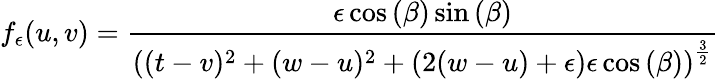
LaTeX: f_{\epsilon}(u,v)=\frac{\epsilon\cos{(\beta)}\sin{(\beta)}}{\left((t-v)^{2}+(w-u)^{2}+(2(w-u)+\epsilon)\epsilon\cos{(\beta)}\right)^{\frac{3}{2}}}